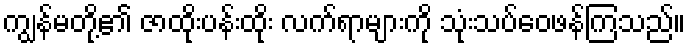
ကျွန်မတို့၏ ဇာထိုးပန်းထိုး လက်ရာများကို သုံးသပ်ဝေဖန်ကြသည်။